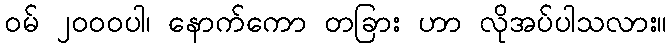
ဝမ် ၂၀၀၀ပါ၊ နောက်ကော တခြား ဟာ လိုအပ်ပါသလား။